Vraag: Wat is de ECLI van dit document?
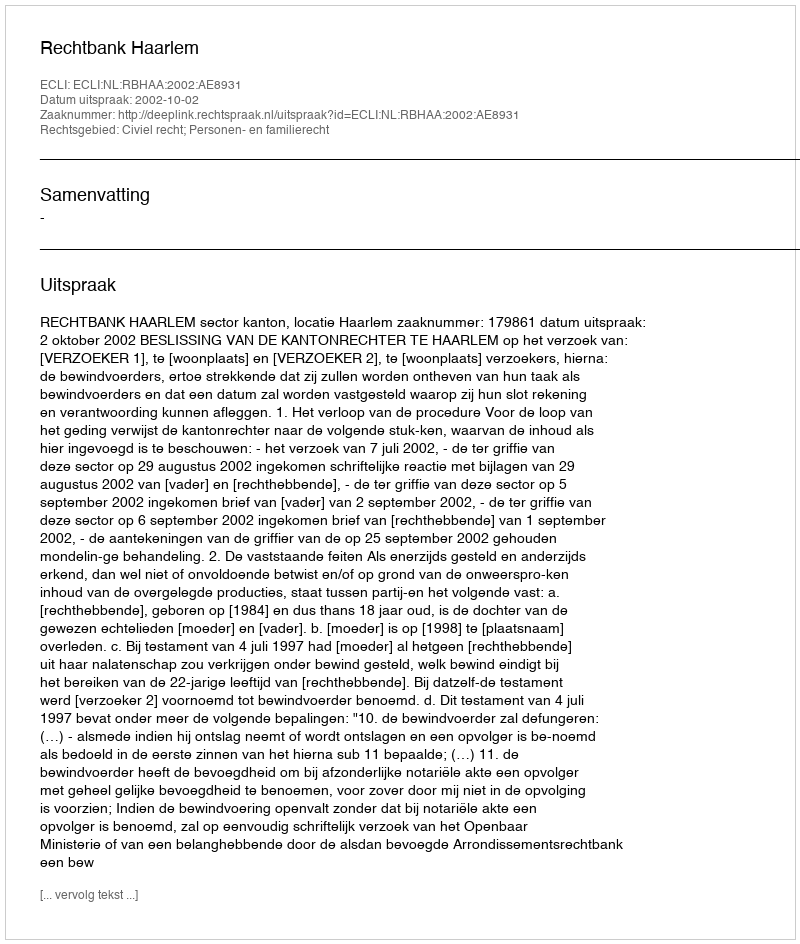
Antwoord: ECLI:NL:RBHAA:2002:AE8931